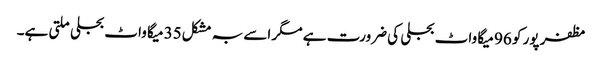
مظفر پور کو 96 میگا واٹ بجلی کی ضرورت ہے مگر اسے بہ مشکل35 میگا واٹ بجلی ملتی ہے۔